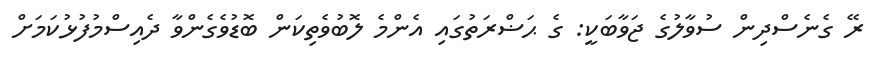
ރޭ ގެނެސްދިން ސުވާލުގެ ޖަވާބަކީ: ގެ ޙަޟްރަތުގައި އެންމެ ލޮބުވެތިކަން ބޮޑުވެގެންވާ ދެއިސްމުފުޅުކަމަށް